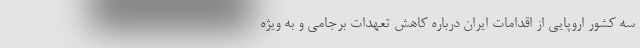
سه کشور اروپایی از اقدامات ایران درباره کاهش تعهدات برجامی و به ویژه